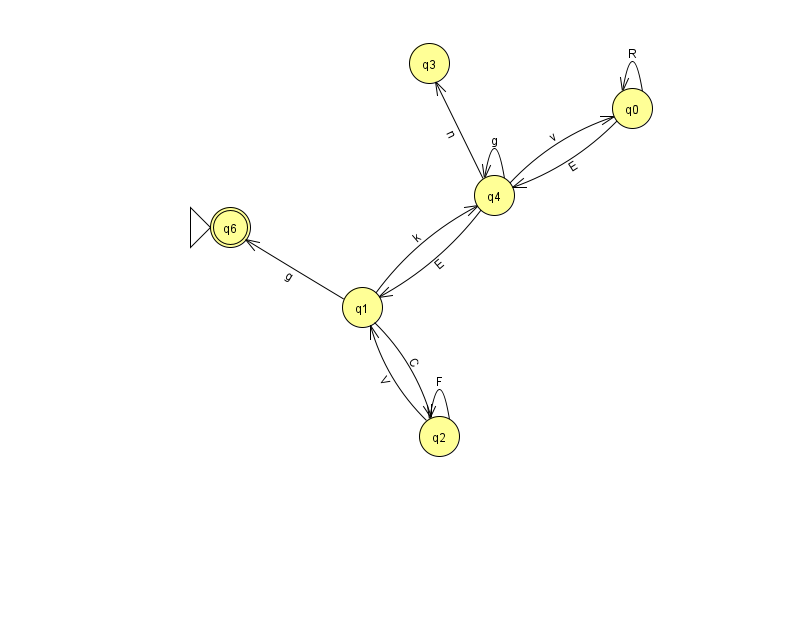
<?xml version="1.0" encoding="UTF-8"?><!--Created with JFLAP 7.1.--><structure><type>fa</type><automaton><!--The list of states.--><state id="0" name="q0"><x>632.0</x><y>95.0</y></state><state id="1" name="q1"><x>362.0</x><y>294.0</y></state><state id="2" name="q2"><x>439.0</x><y>423.0</y></state><state id="3" name="q3"><x>429.0</x><y>50.0</y></state><state id="4" name="q4"><x>494.0</x><y>182.0</y></state><state id="6" name="q6"><x>230.0</x><y>214.0</y><initial/><final/></state><!--The list of transitions.--><transition><from>0</from><to>0</to><read>R</read></transition><transition><from>2</from><to>1</to><read>V</read></transition><transition><from>4</from><to>3</to><read>n</read></transition><transition><from>2</from><to>2</to><read>F</read></transition><transition><from>4</from><to>1</to><read>E</read></transition><transition><from>1</from><to>2</to><read>C</read></transition><transition><from>4</from><to>4</to><read>g</read></transition><transition><from>1</from><to>4</to><read>k</read></transition><transition><from>4</from><to>0</to><read>v</read></transition><transition><from>1</from><to>6</to><read>g</read></transition><transition><from>0</from><to>4</to><read>E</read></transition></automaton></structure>